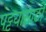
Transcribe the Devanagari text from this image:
पट्टयासाठी